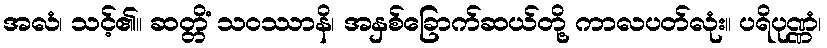
အလံ၊ သင့်၏။ ဆတ္တိံ သဝဿာနိ၊ အနှစ်ခြောက်ဆယ်တို့ ကာလပတ်လုံး။ ပရိပုဏ္ဏံ၊